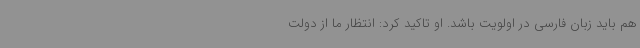
هم باید زبان فارسی در اولویت باشد. او تاکید کرد: انتظار ما از دولت